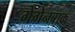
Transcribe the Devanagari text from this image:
गेंगेनबाक